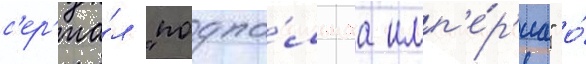
с'ер'иа́л "подпо́льнаа имп'е́р'иа" о́